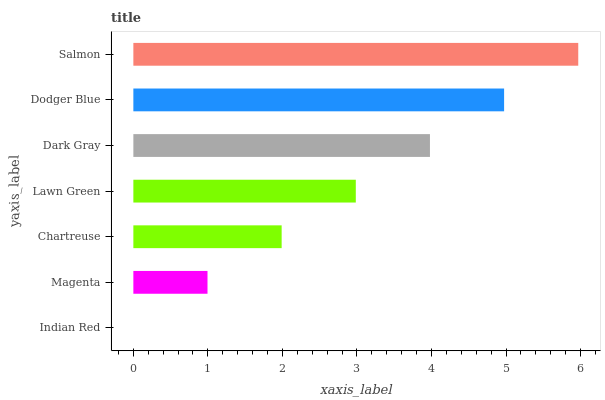
| yaxis_label | bars |
 | --- | --- |
 | Indian Red | 0 |
 | Magenta | 0.995 |
 | Chartreuse | 1.99 |
 | Lawn Green | 2.98 |
 | Dark Gray | 3.98 |
 | Dodger Blue | 4.97 |
 | Salmon | 5.97 |